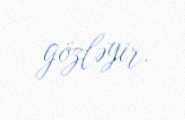
gözləyir.